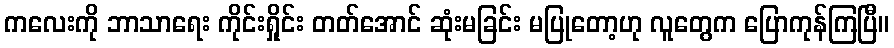
ကလေးကို ဘာသာရေး ကိုင်းရှိုင်း တတ်အောင် ဆုံးမခြင်း မပြုတော့ဟု လူတွေက ပြောကုန်ကြပြီ။